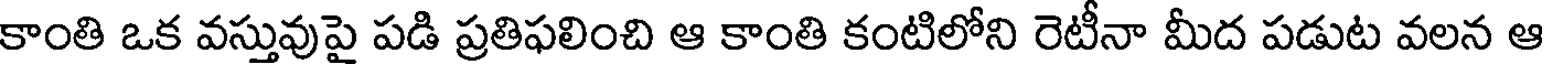
కాంతి ఒక వస్తువుపై పడి ప్రతిఫలించి ఆ కాంతి కంటిలోని రెటీనా మీద పడుట వలన ఆ